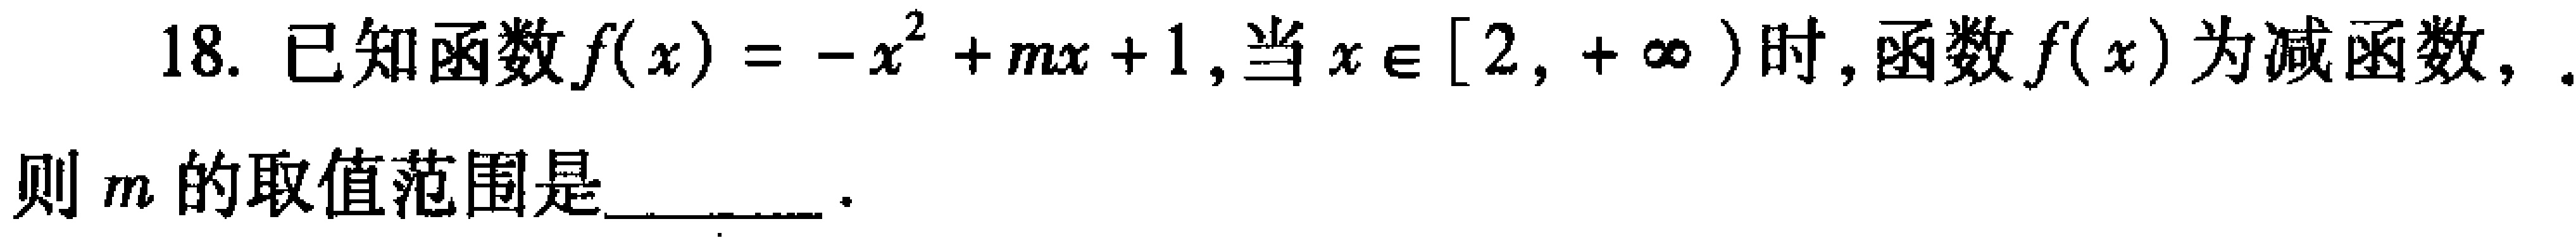
18. 已知函数\(f(x)=-x^{2}+mx + 1\)，当\(x\in[2,+\infty)\)时，函数\(f(x)\)为减函数，

则\(m\)的取值范围是________．